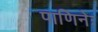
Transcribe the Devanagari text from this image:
पाणिनेः